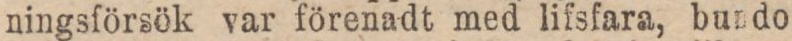
ningsförsök var förenadt med lifsfara, bundo